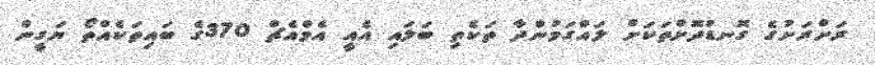
ރަށްރަށުގެ ގޮނޑުދޮށްތަކަށް ލައްގަމުންދާ ތަކެތި ބަލައި އެއީ އެމްއެޗް 370ގެ ބައިތަކެއްތޯ ޔަގީން